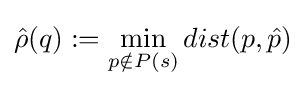
{\hat {\rho }}(q):=\min _{p\notin P(s)}dist(p,{\hat {p}})